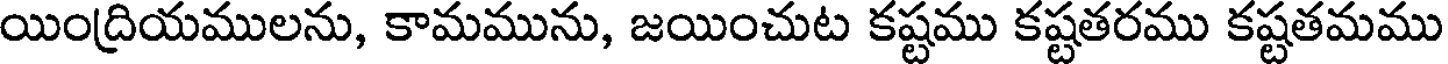
యింద్రియములను, కామమును, జయించుట కష్టము కష్టతరము కష్టతమము